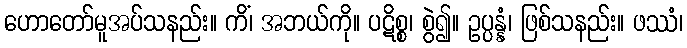
ဟောတော်မူအပ်သနည်း။ ကိံ၊ အဘယ်ကို။ ပဋိစ္စ၊ စွဲ၍။ ဥပ္ပန္နံ၊ ဖြစ်သနည်း။ ဖဿံ၊